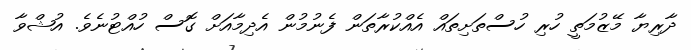
ދާރިޔާ މޭޒުމަތީ ހުރި ހުސްތަށިތައް އެއްކުރާތަން ފެނުމުން އެދިމާއަށް ގޮސް ހުއްޓުނެވެ. އުޝްވާ